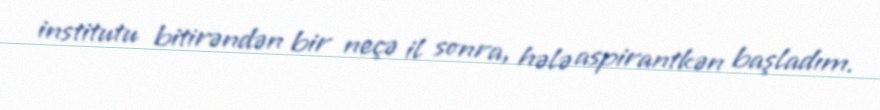
institutu bitirəndən bir neçə il sonra, hələ aspirantkən başladım.